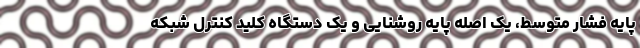
پایه فشار متوسط، یک اصله پایه روشنایی و یک دستگاه کلید کنترل شبکه